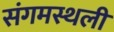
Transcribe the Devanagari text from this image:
संगमस्थली